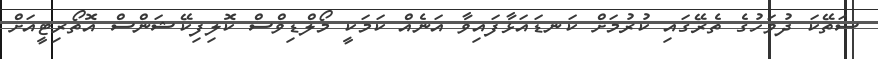
ސަތޭކަ ދުވަހުގެ ތެރޭގައި ކުރުމަށް ކަނޑައަޅާފައިވާ އަނެއް ކަމަކީ މޯލްޑިވްސް ކޮލިފިކޭޝަންސް އޮތޯރިޓީއަށް